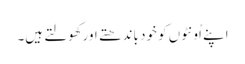
اپنے اُونٹوں کو خود باندھتے اورکھولتے ہیں۔